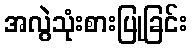
အလွဲသုံးစားပြုခြင်း